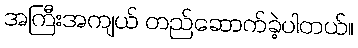
အကြီးအကျယ် တည်ဆောက်ခဲ့ပါတယ်။